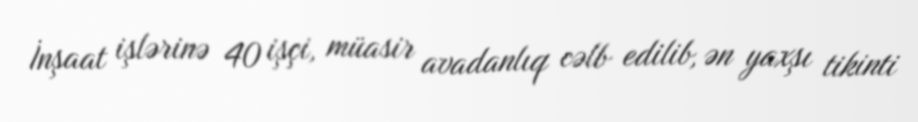
İnşaat işlərinə 40 işçi, müasir avadanlıq cəlb edilib, ən yaxşı tikinti